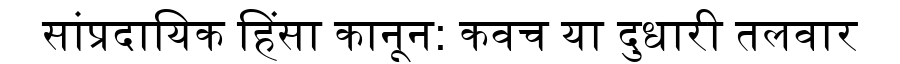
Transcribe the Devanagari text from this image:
सांप्रदायिक हिंसा कानून: कवच या दुधारी तलवार